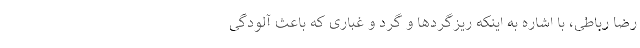
رضا رباطی، با اشاره به اینکه ریزگردها و گرد و غباری که باعث آلودگی